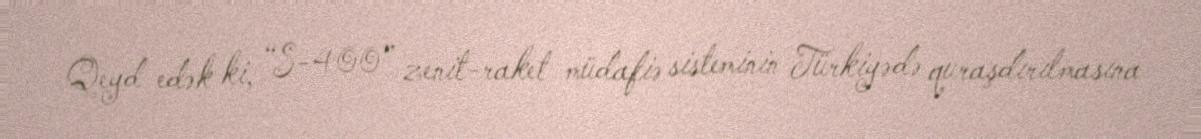
Qeyd edək ki, “S-400” zenit-raket müdafiə sisteminin Türkiyədə quraşdırılmasına